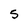
Character: 5